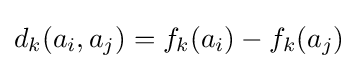
d_{k}(a_{i},a_{j})=f_{k}(a_{i})-f_{k}(a_{j})